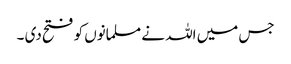
جس میں اللہ نے مسلمانوں کو فتح دی ۔